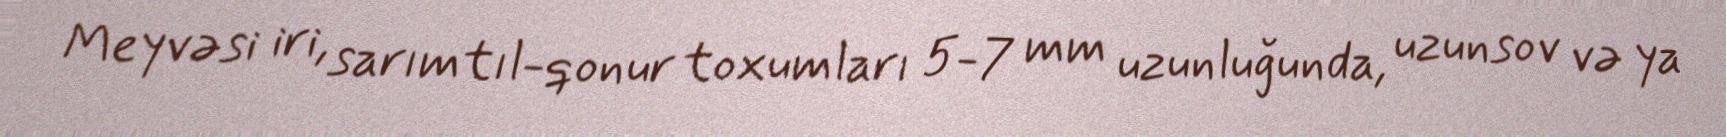
Meyvəsi iri, sarımtıl-qonur toxumları 5-7 mm uzunluğunda, uzunsov və ya